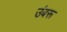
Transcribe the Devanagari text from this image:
उंबरू